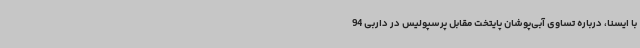
با ایسنا، درباره تساوی آبی‌پوشان پایتخت مقابل پرسپولیس در داربی 94